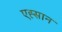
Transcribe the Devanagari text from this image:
एह्सान